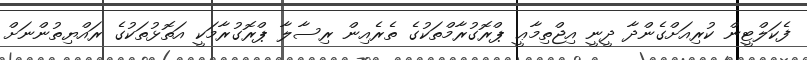
ފެކަލްޓީން ކުރިއަށްގެންދާ ދީނީ އިޖްތިމާޢީ ޕްރޮގުރާމްތަކުގެ ތެރެއިން ރިސާލާ ޕްރޮގުރާމަކީ އަތޮޅުތަކުގެ ރައްޔިތުންނަށް